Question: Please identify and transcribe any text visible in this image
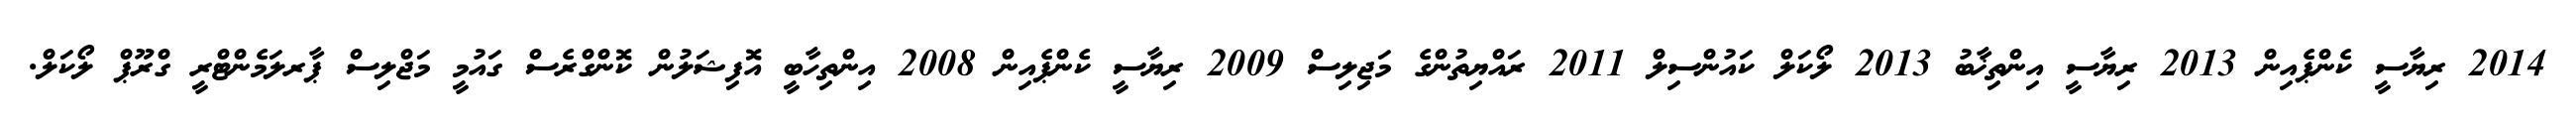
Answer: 2014 ރިޔާސީ ކެންޕެއިން 2013 ރިޔާސީ އިންތިޚާބު 2013 ލޯކަލް ކައުންސިލް 2011 ރައްޔިތުންގެ މަޖިލިސް 2009 ރިޔާސީ ކެންޕެއިން 2008 އިންތިހާބީ އޮފިޝަލުން ކޮންގްރެސް ގައުމީ މަޖްލިސް ޕާރލަމެންޓްރީ ގްރޫޕް ލޯކަލް.